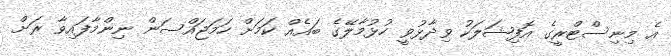
އެ މިނިސްޓްރީގެ އޮފިޝަލަކު ވިދާޅުވީ ހުޅުމާލޭގެ ބައެއް ކަމަށް ހަމަޖައްސަން ނިންމާފައިވާ ރަށް